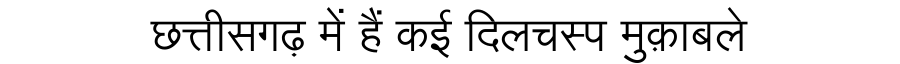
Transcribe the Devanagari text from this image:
छत्तीसगढ़ में हैं कई दिलचस्प मुक़ाबले